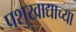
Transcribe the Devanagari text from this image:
पशुखाद्याच्या